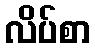
လိပ်စာ